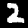
Digit: 2